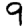
Digit: 9